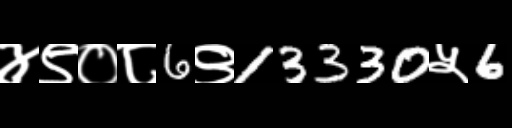
Text: ४९०८6९13330५6